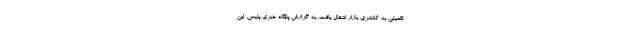
تکمیلی به کلانتری بازار انتقال یافت. به گزارش پایگاه خبری پلیس،‌ این